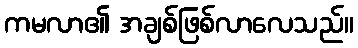
ကမလာ၏ အချစ်ဖြစ်လာလေသည်။